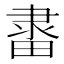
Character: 𨽶